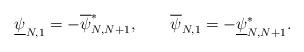
LaTeX: \begin{align*} \underline{\psi}_{N,1}=-\overline{\psi}_{N,N+1}^{\ast}, \qquad\overline{\psi}_{N,1}=-\underline{\psi}_{N,N+1}^{\ast}.\end{align*}